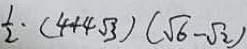
\frac { 1 } { 2 } \cdot ( 4 + 4 \sqrt { 3 } ) ( \sqrt { 6 } - \sqrt { 2 } )